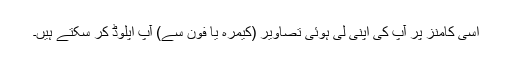
اسی کامنز پر آپ کی اپنی لی ہوئی تصاویر (کیمرہ یا فون سے) آپ اپلوڈ کر سکتے ہیں۔